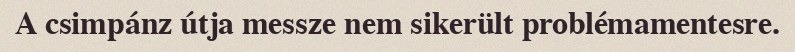
A csimpánz útja messze nem sikerült problémamentesre.